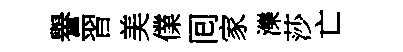
譽習美㒒囘家濼莎亡